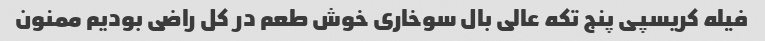
فیله کریسپی پنج تکه عالی بال سوخاری خوش طعم در کل راضی بودیم ممنون